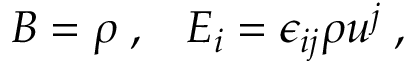
B = \rho \; , \; \; \; E _ { i } = \epsilon _ { i j } \rho u ^ { j } \; ,